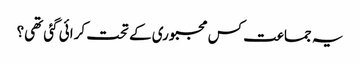
یہ جماعت کس مجبوری کے تحت کرائی گئی تھی؟